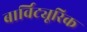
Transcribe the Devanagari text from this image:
बार्विट्यूरिक